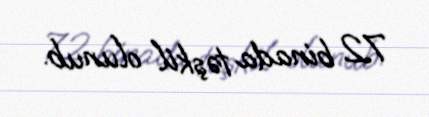
72 binada təşkil olunub.